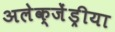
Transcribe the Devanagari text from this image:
अलेक्जेंड्रीया